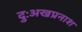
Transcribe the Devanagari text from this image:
दुःअखप्रनाश